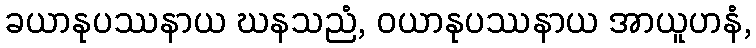
ခယာနုပဿနာယ ဃနသညံ, ဝယာနုပဿနာယ အာယူဟနံ,